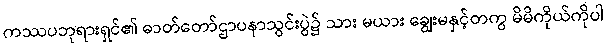
ကဿပဘုရားရှင်၏ ဓာတ်တော်ဌာပနာသွင်းပွဲ၌ သား မယား ချွေးမနှင့်တကွ မိမိကိုယ်ကိုပါ